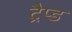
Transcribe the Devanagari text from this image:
ट्रैप्ड